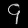
Digit: ၄